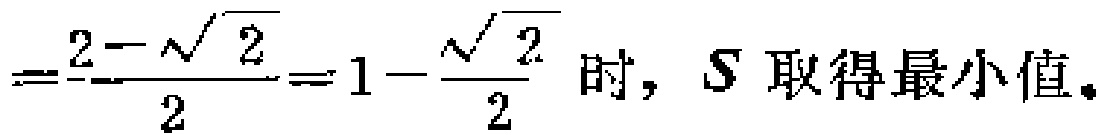
$=\frac{2 - \sqrt{2}}{2}=1 - \frac{\sqrt{2}}{2}$ 时，$S$ 取得最小值。